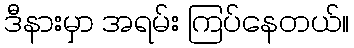
ဒီနားမှာ အရမ်း ကြပ်နေတယ်။